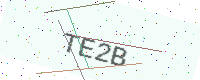
Text: TE2B